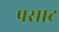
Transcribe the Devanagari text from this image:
पसाट